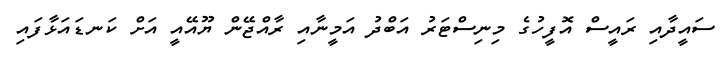
ސައީދާއި ރައީސް އޮފީހުގެ މިނިސްޓަރު އަބްދު އަމީނާއި ރާއްޖޭން ޔޫއޭއީ އަށް ކަނޑައަޅާފައި